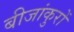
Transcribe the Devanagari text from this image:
बीजांकुरों